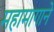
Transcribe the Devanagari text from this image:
महामागाने